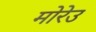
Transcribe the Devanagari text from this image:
मोरेउ